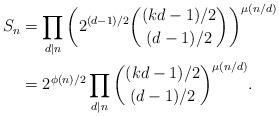
LaTeX: \begin{align*}S_n&=\prod_{d\mid n}\left(2^{(d-1)/2}\binom{(kd-1)/2}{(d-1)/2}\right)^{\mu(n/d)}\\&=2^{\phi(n)/2}\prod_{d\mid n}\binom{(kd-1)/2}{(d-1)/2}^{\mu(n/d)}.\end{align*}